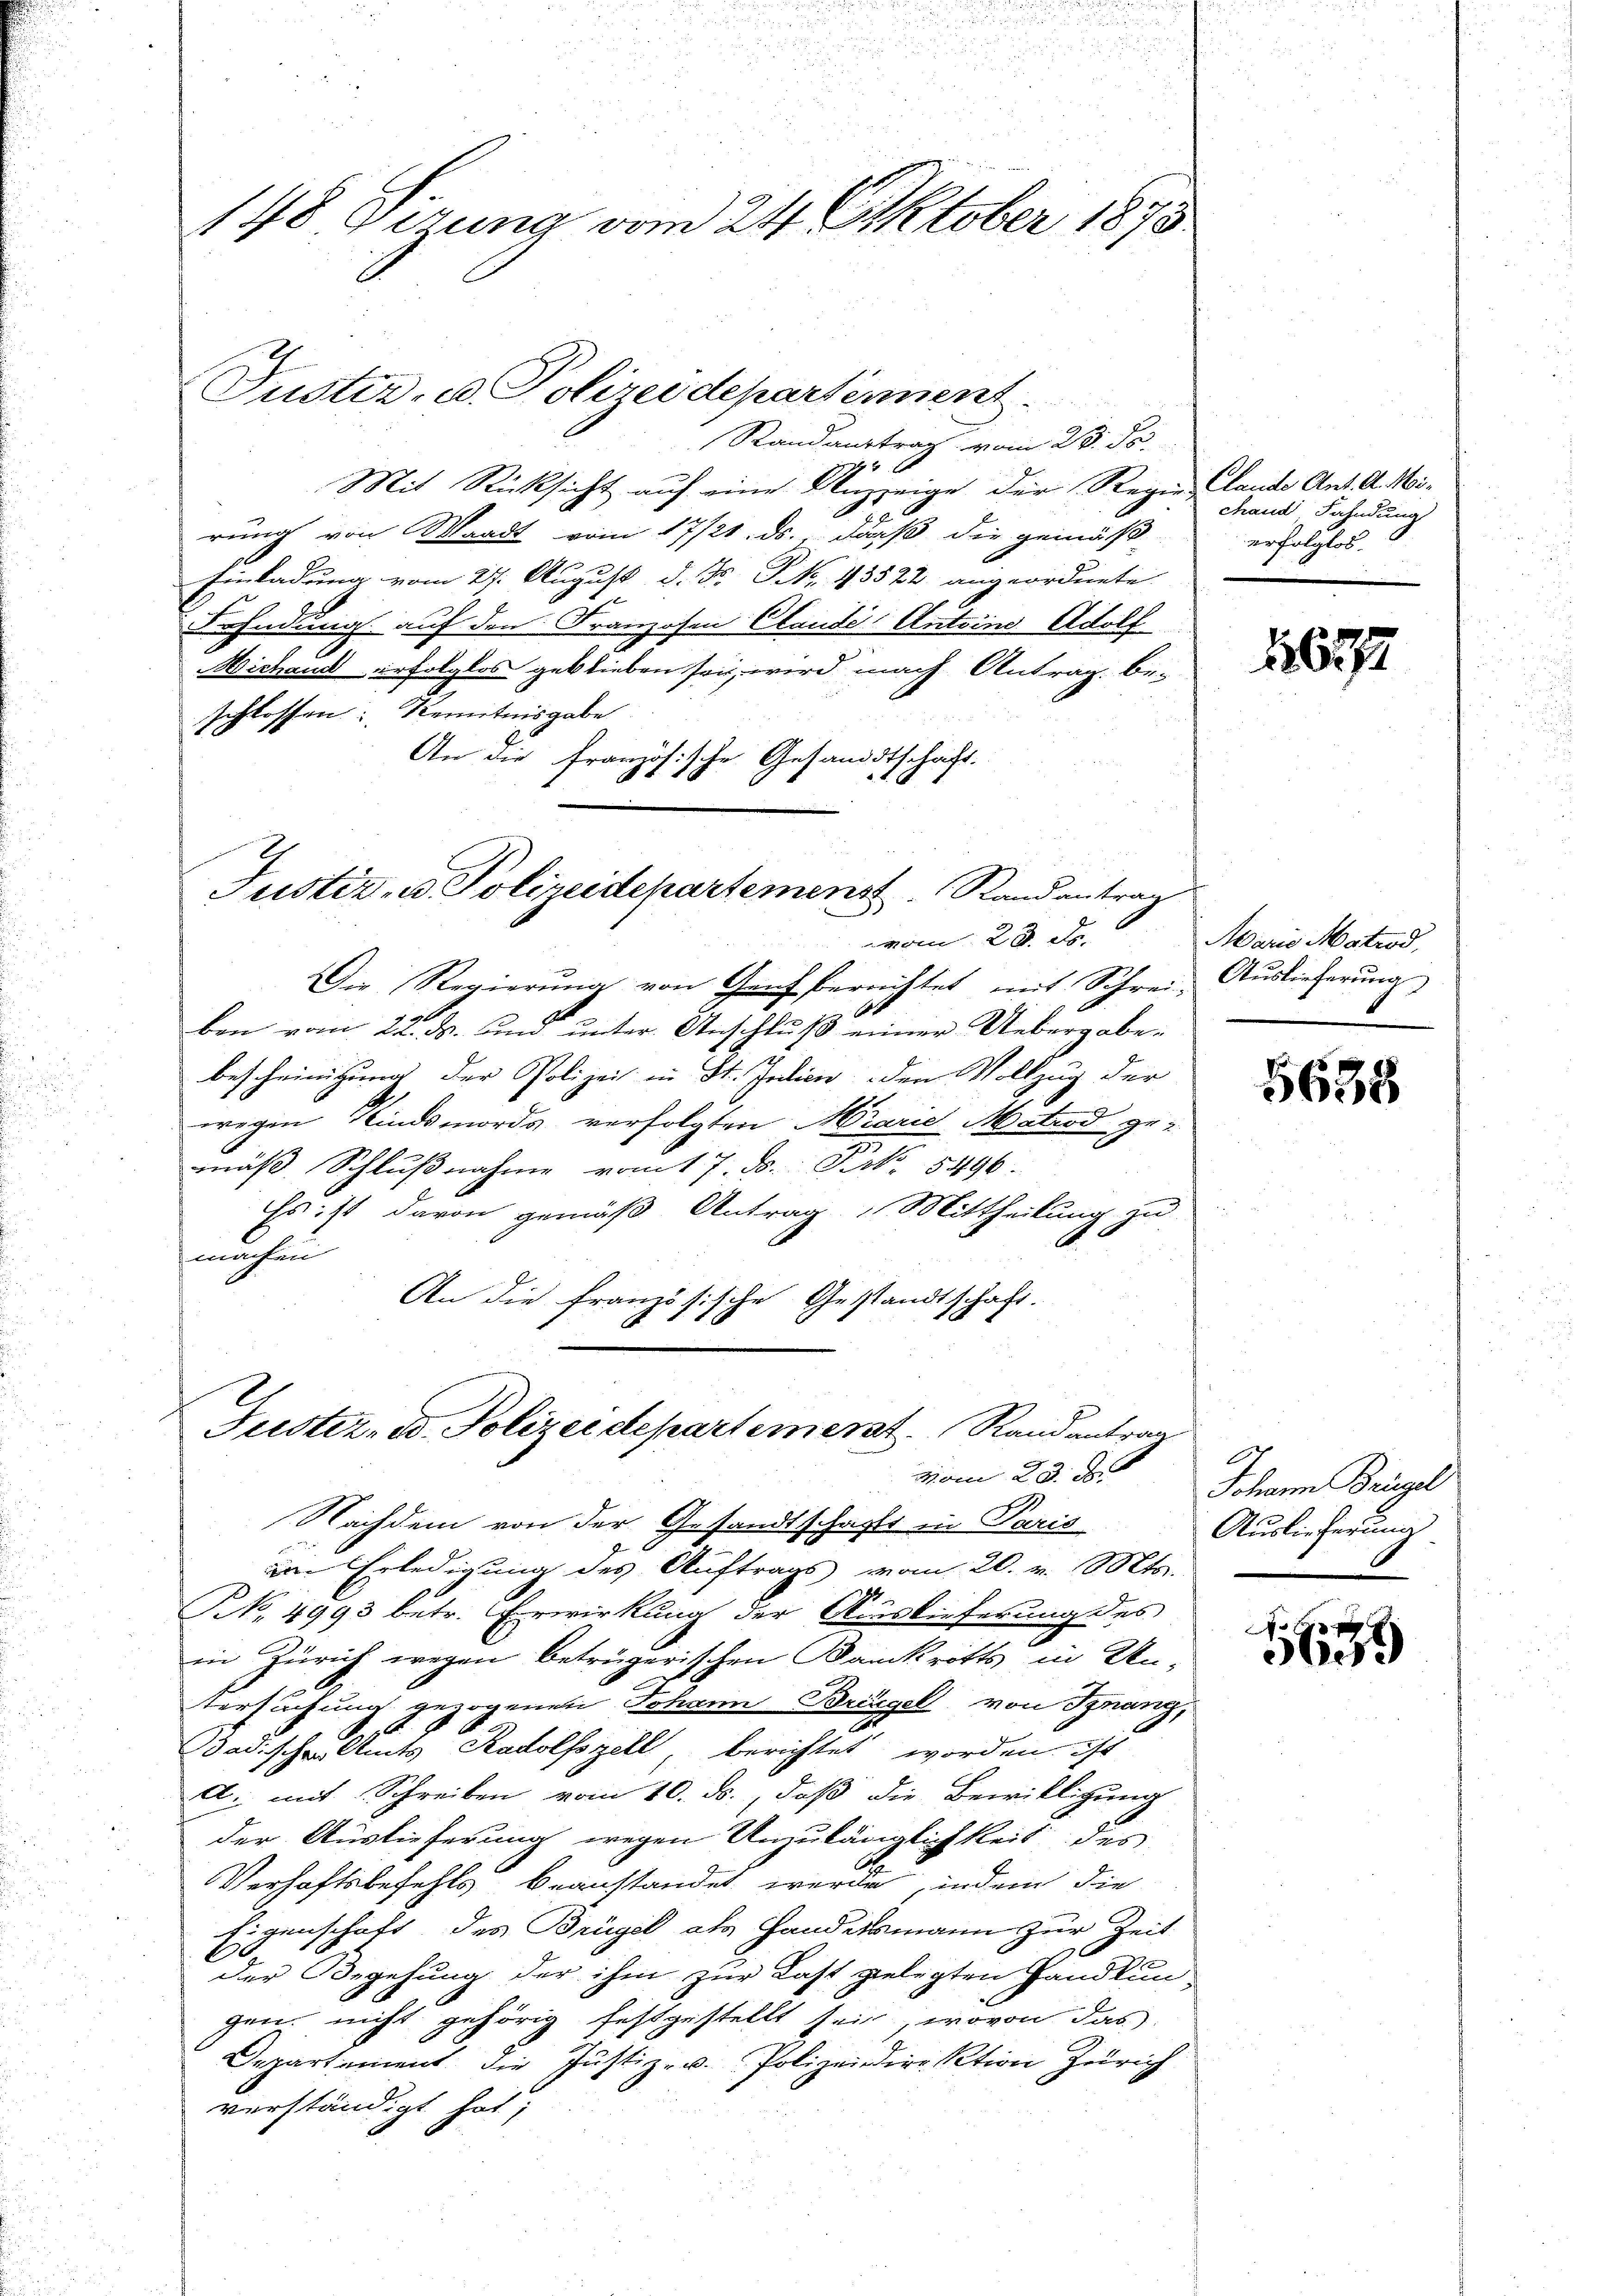
Randaustrag vom 28. de
4 x
Mit Rücksicht auf eine Unzzeige der Regie, lande Ant. A. Mirung von Waadt vom 17/21. ds., daß die gemäß
Einladung vom 27. August d. Js. No. 43522 angeordnete
Fahndung auf den Franzosen Claude Antrin Adolf
Michand erfolglos geblieben sei, wird nach Antrag, be-
schlossen: Kenntnisgabe
An die französische Gesandtschaft.
A

148 Sizung vom 24. Oktober 1875

Justiz- u. Polizeidepartement.

Justiz- & Polizeidepartemenst Randantrag
vom 20. d.

Guster- u. Polizeidepartement.   Randantrag
vom 20. d

Der Regierung von Genf berechtet mit Schrei- Auslieferung
ben vom 22. M. und unter Anschluß einer Uebergabebescheinigung der Polizei in St. Indien den Vollzug der
wegen Kindsmords verfolgten Marie Matrod gemäß Schlußnahme vom 17. ds. Pert. 8496.
Es ist davon gemäß Antrag Mittheilung zu
machen
An die französische Gestandtschaft.
Nachdem von der Gesandtschafft in Paris
im Erledigung des Auftrags vom 20. v. Mts.
NNo. 4993 betr. Erwirkung der Auslieferung des
in Zürich wegen beträgerischen Bankrotts in Un-
tersuchung gezogenen Johann Bringel von Finanz,
10
Badischen Amts Radolfszell berichtet worden ist
A. mit Schreiben vom 10. ds., daß die Bewilligung
der Auslieferung wegen Unzulänglichkeit des
Verhaftsbefehls beanstandet werde, indem die
Eigenschaft, des Brügel als Handelsmann zur Zeit
6
der Begehung der ihm zur Last gelegten Handkungen, nicht gehörig festgestellt sei, wovon das
Departement die Justiz- u. Polizeidirektion Zürich
verständigt hat;

n
.

chand Fahndung
erfolglos.

1622

Marie Matrod,

5638

.
Johann Brügel
Auslieferung

16179